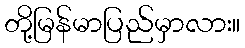
တို့မြန်မာပြည်မှာလား။